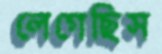
লেগেছিস